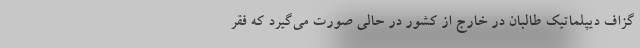
گزاف دیپلماتیک طالبان در خارج از کشور در حالی صورت می‌گیرد که فقر